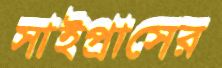
সাইপ্রাসের